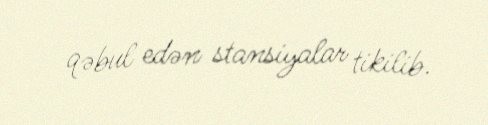
qəbul edən stansiyalar tikilib.